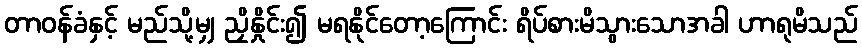
တာဝန်ခံနှင့် မည်သို့မျှ ညှိနှိုင်း၍ မရနိုင်တော့ကြောင်း ရိပ်စားမိသွားသောအခါ ဟာရုမိသည်